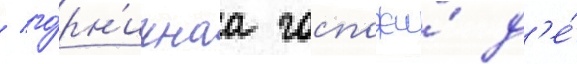
/ го́рн'ичнаа госпожи́ д'е́